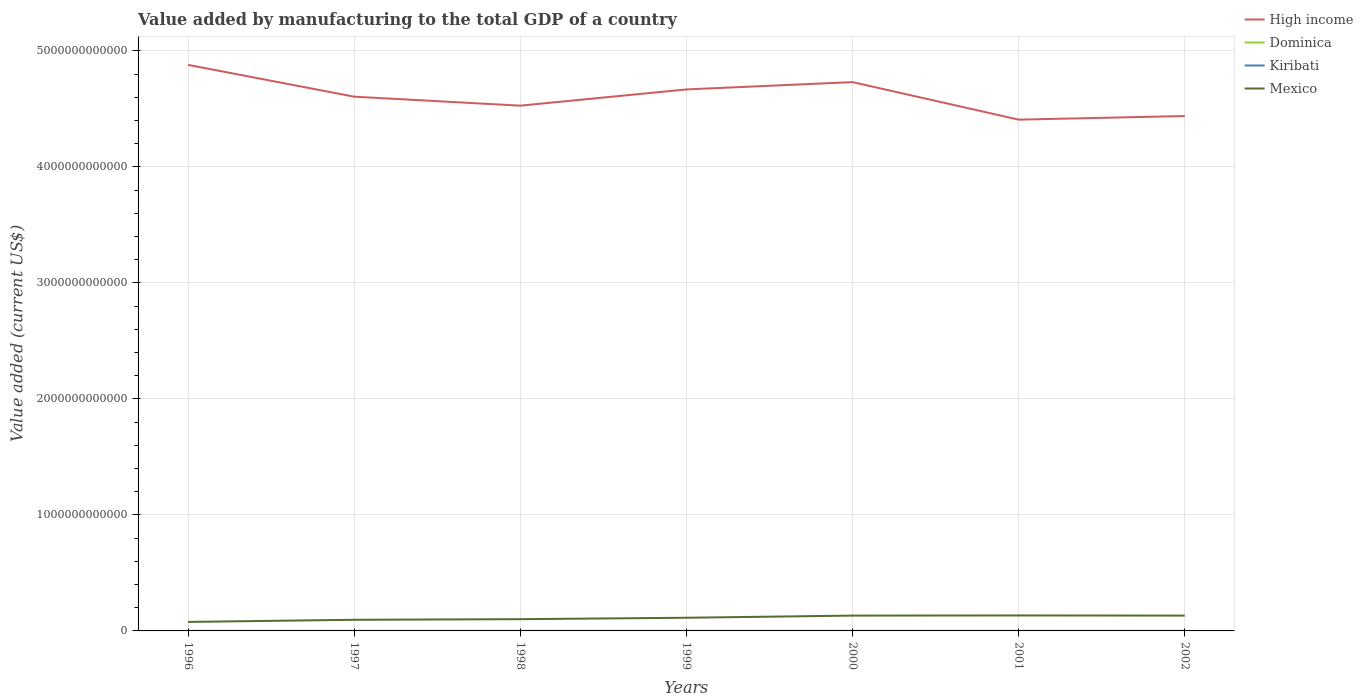
| Years | High income | Dominica | Kiribati | Mexico |
 | --- | --- | --- | --- | --- |
 | 1996 | 4.88e+12 | 1.46e+07 | 3.55e+06 | 7.76e+10 |
 | 1997 | 4.61e+12 | 1.57e+07 | 3.47e+06 | 9.6e+10 |
 | 1998 | 4.53e+12 | 1.88e+07 | 3.13e+06 | 1.01e+11 |
 | 1999 | 4.67e+12 | 1.83e+07 | 3.52e+06 | 1.14e+11 |
 | 2000 | 4.73e+12 | 2.29e+07 | 2.98e+06 | 1.32e+11 |
 | 2001 | 4.41e+12 | 2.42e+07 | 2.78e+06 | 1.33e+11 |
 | 2002 | 4.44e+12 | 2.89e+07 | 2.85e+06 | 1.32e+11 |